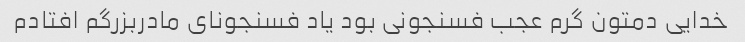
خدایی دمتون گرم عجب فسنجونی بود یاد فسنجونای مادربزرگم افتادم